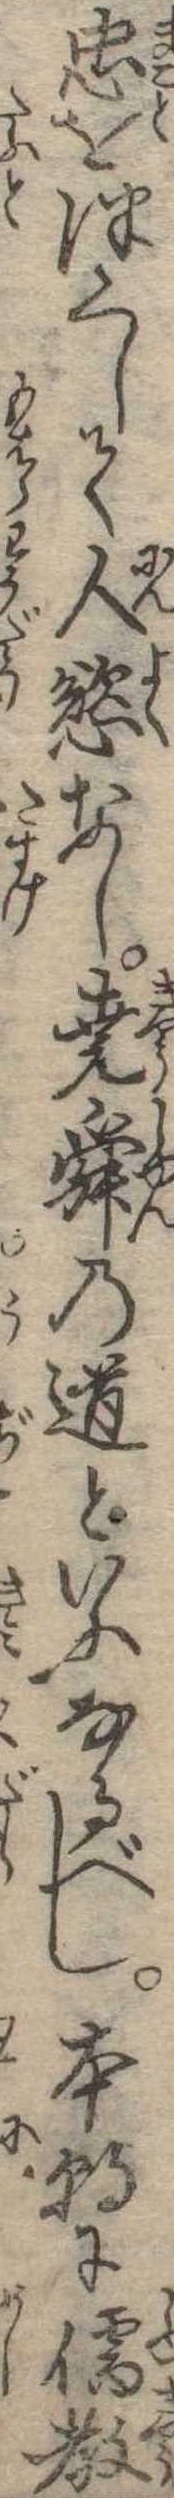
忠をつくして人慾なし尭舜の道といふなるべし本朝に儒教